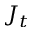
J _ { t }